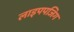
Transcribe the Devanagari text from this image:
लाइपपजिग